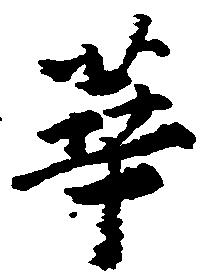
華